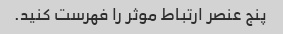
پنج عنصر ارتباط موثر را فهرست کنید.